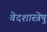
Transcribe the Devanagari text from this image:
वेदशास्त्रेषु